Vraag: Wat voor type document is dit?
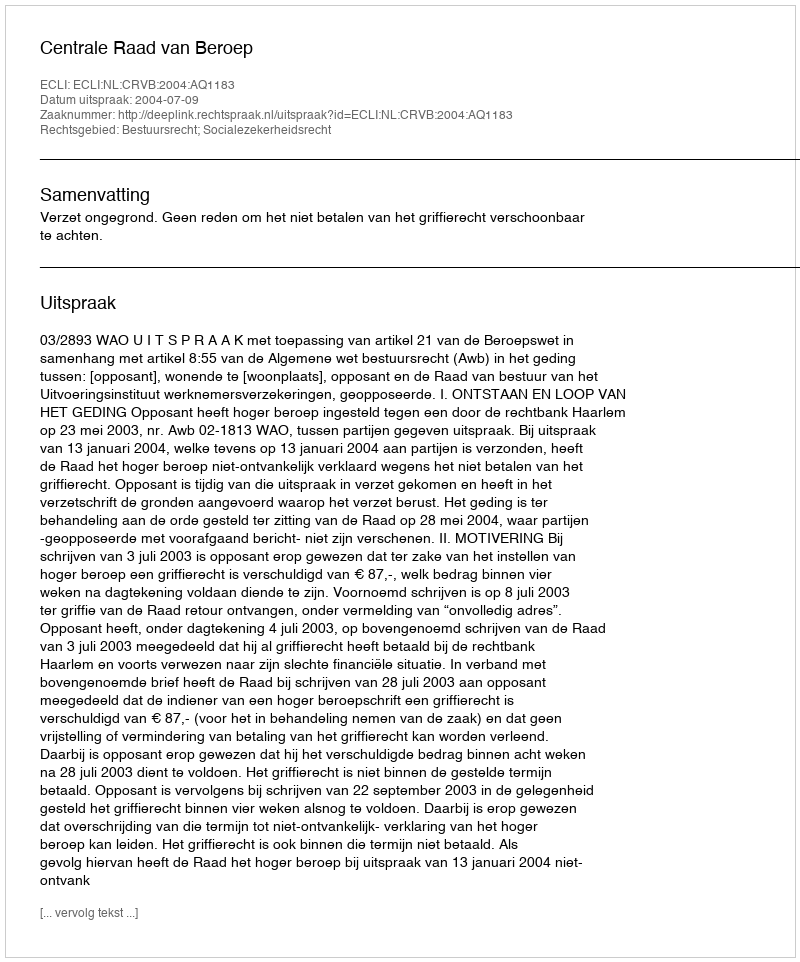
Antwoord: Uitspraak